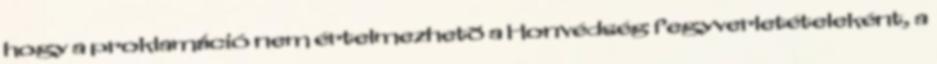
hogy a proklamáció nem értelmezhetõ a Honvédség fegyverletételeként, a